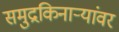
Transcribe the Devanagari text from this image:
समुद्रकिनाऱ्यांवर